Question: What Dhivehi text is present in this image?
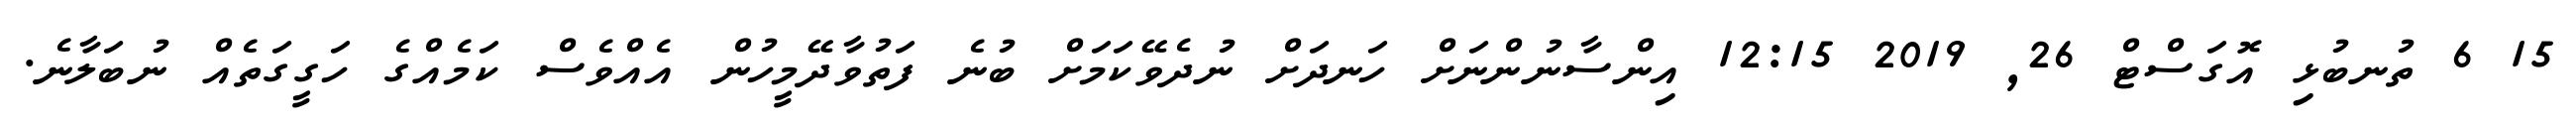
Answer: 15 6 ތުނބުޅި އޮގަސްޓް 26, 2019 12:15 އިންސާނުންނަށް ހަނދަށް ނުދެވޭކަމަށް ބުނެ ފަތުވާދޭމީހުން އެއްވެސް ކަމެއްގެ ހަގީގަތެއް ނުބަލާނެ.